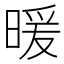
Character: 暖